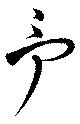
予